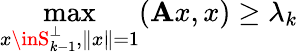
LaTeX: \operatorname*{max}_{x\inS_{k-1}^{\perp},\| x\| =1}(\mathbf{A}x,x)\geq\lambda_{k}